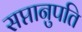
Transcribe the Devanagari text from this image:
सप्तानुपति